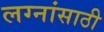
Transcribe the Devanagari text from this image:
लग्नांसाठी